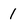
Character: 1